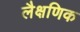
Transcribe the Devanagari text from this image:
लैक्षणिक